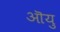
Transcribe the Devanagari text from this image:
ऒयु